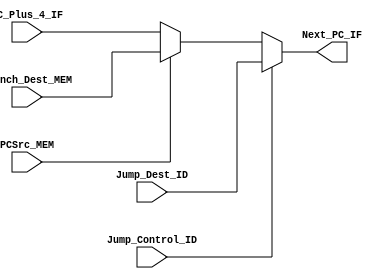
// The IF_PC_Mux chooses what is next pc, normally pc_plus_4 is outputted to be next_pc_if, but in case of branch and jump, and corresponding next_pc_if is passed over.
// PCSrc_MEM triggers the branch response, forwarding Branch_Dest_MEM to Next_PC_IF.
// PCSrc_MEM is from MEM_Branch_AND, Branch_Dest_MEM is from EX_PC_Add
// Note PCSrc_MEM, MEM_Branch_AND,  Branch_Dest_MEM and EX_PC_Add is actually been 
// relocated from MEM stage to ID stage.
// Jump_Control_ID triggers the jump response, forwarding Jump_Dest_ID  to Next_PC_IF.
// Jump_Control_ID is from ID_Control, Jump_Dest_ID  is from ID_Jump.


module IF_PC_Mux(
		 input [31:0] PC_Plus_4_IF,
		 input [31:0] Branch_Dest_MEM,
		 input [31:0] Jump_Dest_ID,
		 input 		  PCSrc_MEM, // actually ID stage
		 input 		  Jump_Control_ID,
		 output [31:0]Next_PC_IF
		 );
	
   assign Next_PC_IF = Jump_Control_ID ? Jump_Dest_ID : (PCSrc_MEM ? Branch_Dest_MEM : PC_Plus_4_IF);

endmodule // IF_PC_Mux